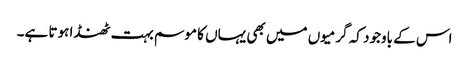
اس کے باوجود کہ گرمیوں میں بھی یہاں کا موسم بہت ٹھنڈا ہوتا ہے۔